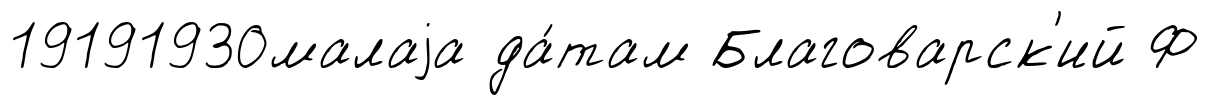
19191930малаjа да́там Благоварск'ий Ф